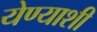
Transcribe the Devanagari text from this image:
येण्याशी